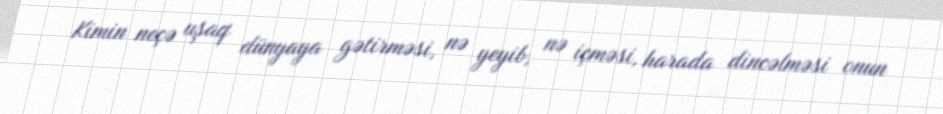
Kimin neçə uşaq dünyaya gətirməsi, nə yeyib, nə içməsi, harada dincəlməsi onun